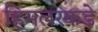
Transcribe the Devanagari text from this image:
हिमलरकडे